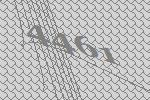
4461